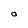
Character: O